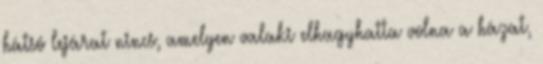
hátsó lejárat nincs, amelyen valaki elhagyhatta volna a házat,